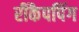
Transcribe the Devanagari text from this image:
रीकैपपिंग